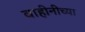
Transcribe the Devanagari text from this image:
वाहीनीच्या